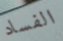
الفساد